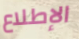
الإطلاع